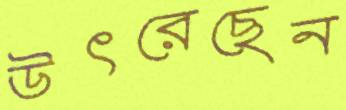
উৎরেছেন